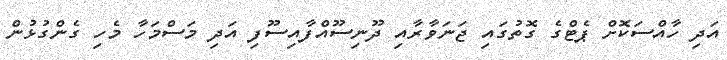
އަދި ހާއްސަކޮށް ޕެޓްގެ ގޮތުގައި ޖަނަވާރާއި ދޫނިސޫއްފާއިސޫފި އަދި މަސްމަހާ މެހި ގެންގުޅުން